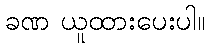
ခဏ ယူထားပေးပါ။